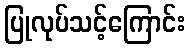
ပြုလုပ်သင့်ကြောင်း